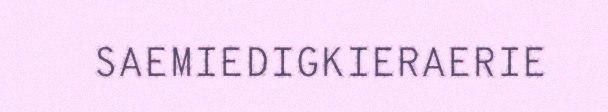
SAEMIEDIGKIERAERIE